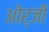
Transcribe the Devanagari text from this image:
ओर्जी